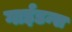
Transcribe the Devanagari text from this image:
गाईडन्स